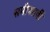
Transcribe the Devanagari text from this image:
समीपतर्वी